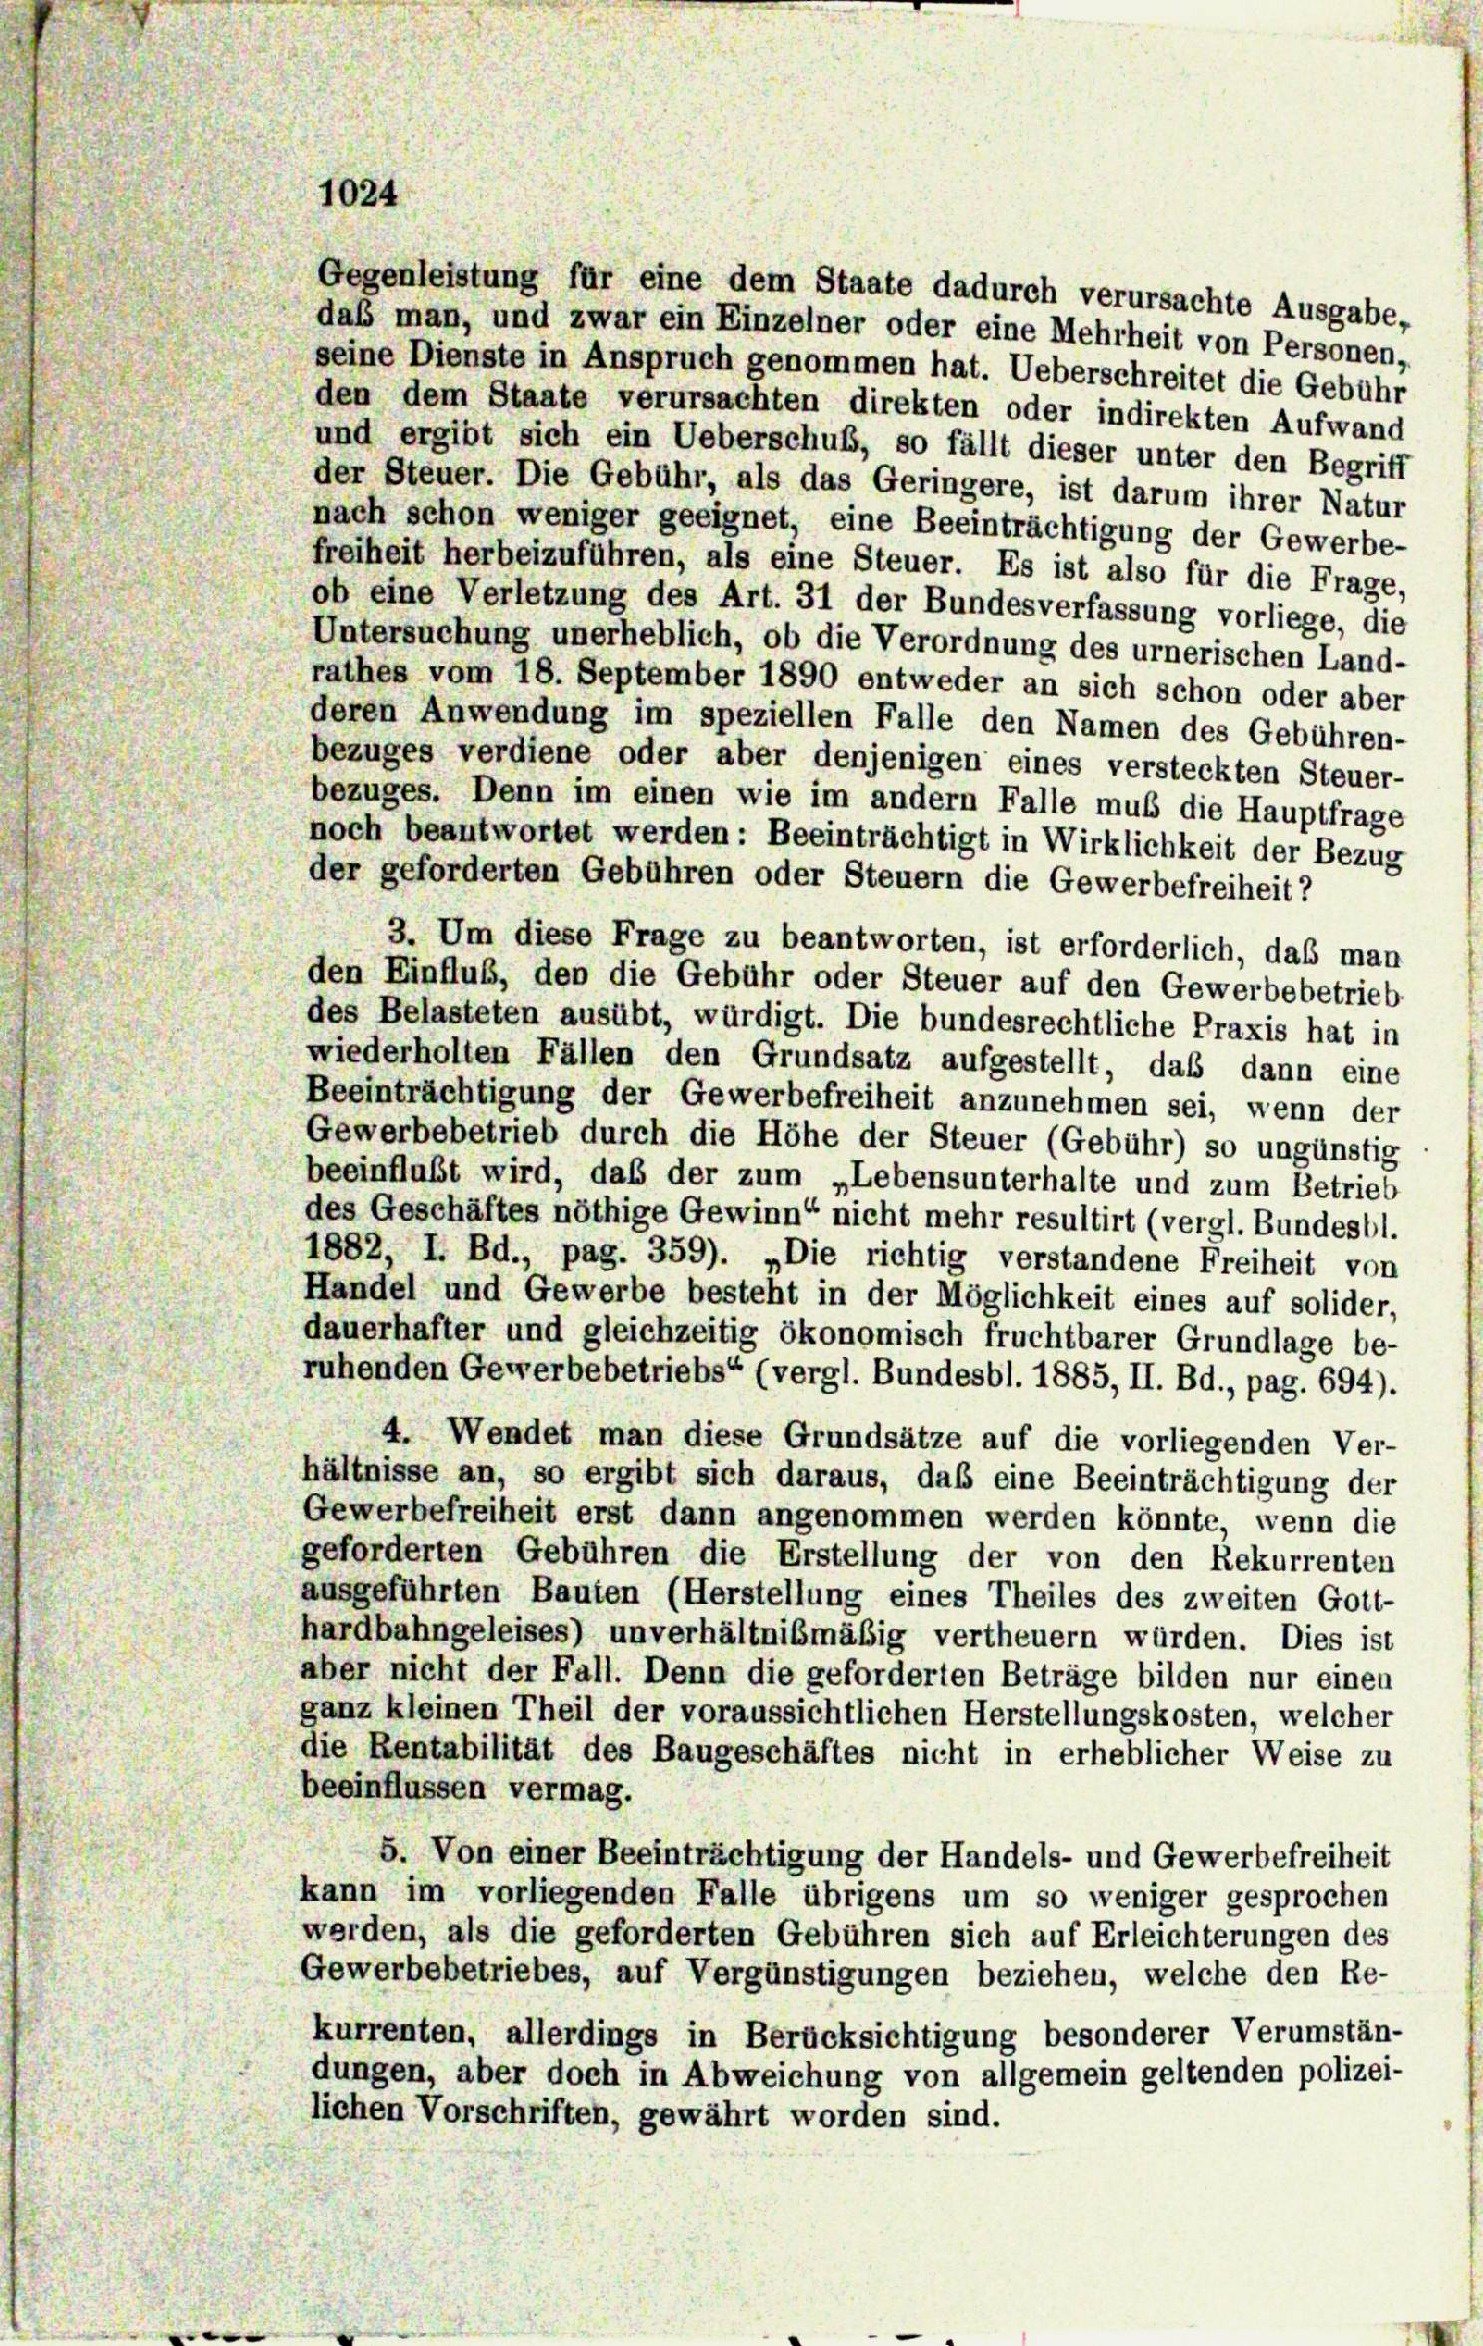
1024

Gegenleistung für eine dem Staate dadurch verursachte Ausgabe,
daß man, und zwar ein Einzelner oder eine Mehrheit von Personen,
seine Dienste in Anspruch genommen hat. Ueberschreitet die Gebühr
den dem Staate verursachten direkten oder indirekten Aufwand
und ergibt sich ein Ueberschuß, so fällt dieser unter den Begriff
der Steuer. Die Gebühr, als das Geringere, ist darum ihrer Natur
nach schon weniger geeignet, eine Beeinträchtigung der Gewerbe-
freiheit herbeizuführen, als eine Steuer. Es ist also für die Frage
ob eine Verletzung des Art. 31 der Bundesverfassung vorliege, die
Untersuchung unerheblich, ob die Verordnung des urnerischen Land-
rathes vom 18. September 1890 entweder an sich schon oder aber
deren Anwendung im speziellen Falle den Namen des Gebühren-
bezuges verdiene oder aber denjenigen eines versteckten Steuer-
bezuges. Denn im einen wie im andern Falle muß die Hauptfrage
noch beantwortet werden: Beeinträchtigt in Wirklichkeit der Bezug
der geforderten Gebühren oder Steuern die Gewerbefreiheit?
3. Um diese Frage zu beantworten, ist erforderlich, das man
den Einfluß, den die Gebühr oder Steuer auf den Gewerbebetrieb
des Belasteten ausübt, würdigt. Die bundesrechtliche Praxis hat in
wiederholten Fällen den Grundsatz aufgestellt, das dann eine
Beeinträchtigung der Gewerbefreiheit anzunehmen sei, wenn der
Gewerbebetrieb durch die Höhe der Steuer (Gebühr) so ungünstig
beeinflußt wird, daß der zum „Lebensunterhalte und zum Betrieb
des Geschäftes nöthige Gewinn“ nicht mehr resultirt (vergl. Bundesbl.
1882, I. Bd., pag. 359). „Die richtig verstandene Freiheit von
Handel und Gewerbe besteht in der Möglichkeit eines auf solider,
dauerhafter und gleichzeitig ökonomisch fruchtbarer Grundlage be-
ruhenden Gewerbebetriebs“ (vergl. Bundesbl. 1885, II. Bd., pag. 694).
4. Wendet man diese Grundsätze auf die vorliegenden Ver-
hältnisse an, so ergibt sich daraus, daß eine Beeinträchtigung der
Gewerbefreiheit erst dann angenommen werden könnte, wenn die
geforderten Gebühren die Erstellung der von den Rekurrenten
ausgeführten Bauten (Herstellung eines Theiles des zweiten Gott-
hardbahngeleises) unverhältnismäßig vertheuern würden. Dies ist
aber nicht der Fall. Denn die geforderten Beträge bilden nur einen
ganz kleinen Theil der voraussichtlichen Herstellungskosten, welcher
die Rentabilität des Baugeschäftes nicht in erheblicher Weise zu
beeinflussen vermag.
5. Von einer Beeinträchtigung der Handels- und Gewerbefreiheit
kann im vorliegenden Falle übrigens um so weniger gesprochen
werden, als die geforderten Gebühren sich auf Erleichterungen des
Gewerbebetriebes, auf Vergünstigungen beziehen, welche den Re-
kurrenten, allerdings in Berücksichtigung besonderer Verumstän-
dungen, aber doch in Abweichung von allgemein geltenden polizei-
lichen Vorschriften, gewährt worden sind.